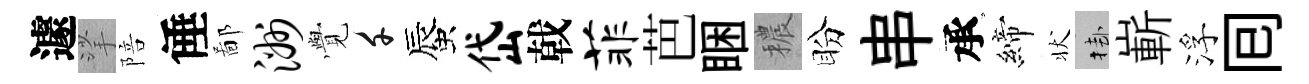
遽挲陪倕鄙洲𮗜千蜃岱戟菲芭睏穠盼串承締状挂嶄浮囘